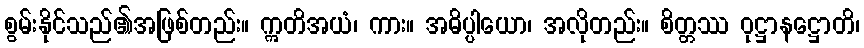
စွမ်းနိုင်သည်၏အဖြစ်တည်း။ ဣတိအယံ၊ ကား။ အဓိပ္ပါယော၊ အလိုတည်း။ စိတ္တဿ ဝုဋ္ဌာနဋ္ဌောတိ၊